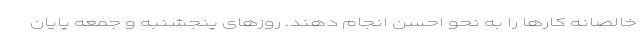
خالصانه کارها را به نحو احسن انجام دهند. روزهای پنجشنبه و جمعه پایان